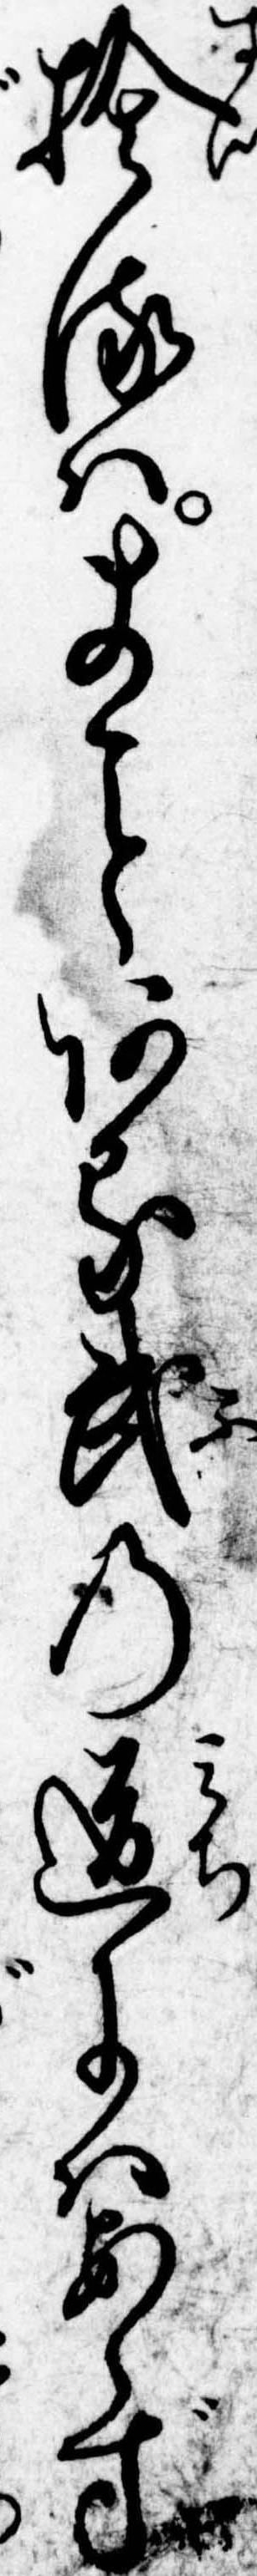
捨るはまある武の道にはあらず